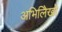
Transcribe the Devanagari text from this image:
अभिलिेखो